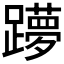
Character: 𲄌